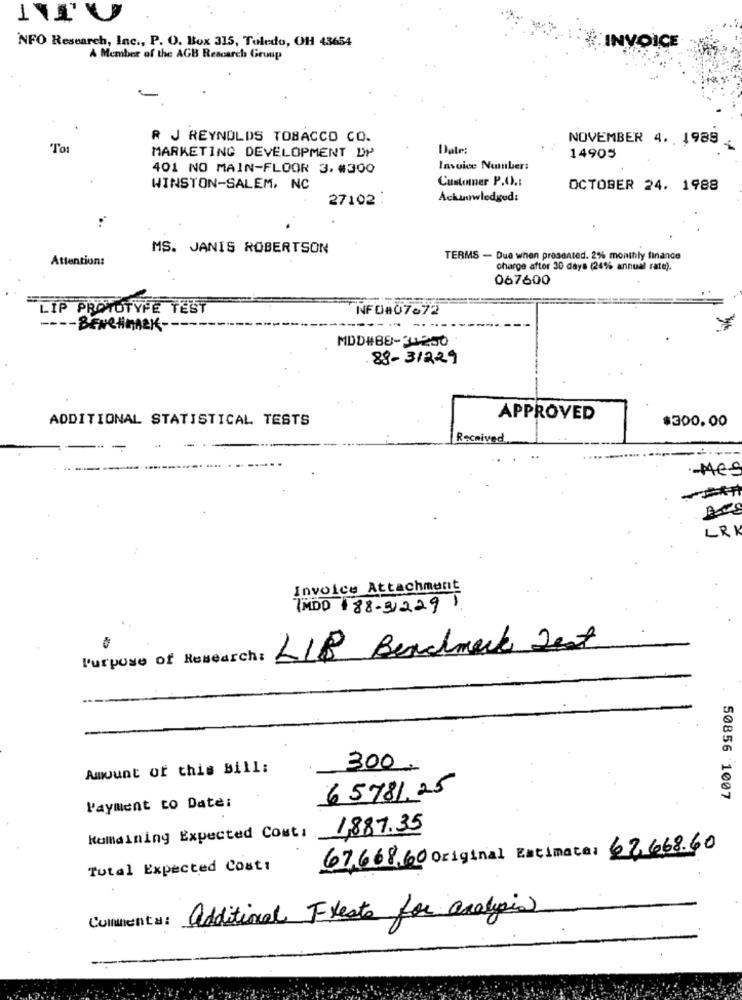
-
NFO Research, Inc ., P. O. Box 315, Toledo, OH 43654
INVOICE
A Member of the AGB Rescarch Group
R J REYNOLDS TOBACCO CO.
NOVEMBER 4. 1989
To:
MARKETING DEVELOPMENT DY
Date:
14905
401 NO MAIN-FLOOR 3.#300
Invoice Number:
Customer P.C .:
WINSTON-SALEM, NC
OCTOBER 24. 1988
27102:
Acknowledged:
..
MS. JANIS ROBERTSON
Attention:
TERMS - Due when presented. 2% monthly finance
charge after 30 days (24% annual rate).
067600
LIP PROTOTYPE TEST
NF 0#07672
BENCHMARK --
MDD#88-34250
88- 31229
ADDITIONAL STATISTICAL TESTS
APPROVED
$300.00
Received
-
-Mes
LRK
Invoice Attachment
IMDD 188-31229 1
LIB Benchmark Jest
l'urpose of Research:
Amount of this Bill:
300.
65781.25
50856 1007
Payment to Date:
1,887.35
Kumaining Expected Cost:
67,668,60 Original Estimate: 62,668.60
Total Expected Cost:
Comenta:
additional Fleste for analysis